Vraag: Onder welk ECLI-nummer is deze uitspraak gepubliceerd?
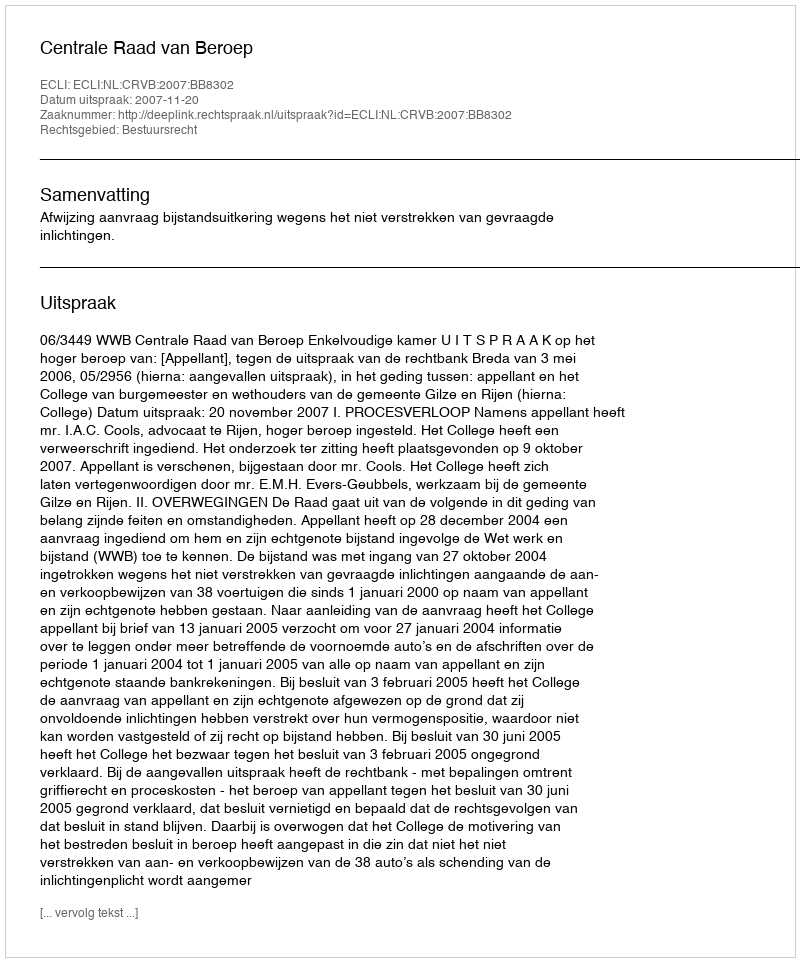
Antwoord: ECLI:NL:CRVB:2007:BB8302